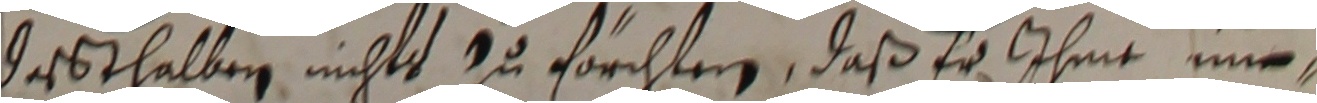
dessthalben nichts zu förchten, daß er ihme nir